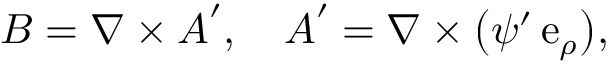
\boldsymbol { B } = \nabla \times \boldsymbol { A } ^ { \prime } , \quad \boldsymbol { A } ^ { \prime } = \nabla \times \big ( \psi ^ { \prime } \, \mathrm { e } _ { \rho } \big ) ,